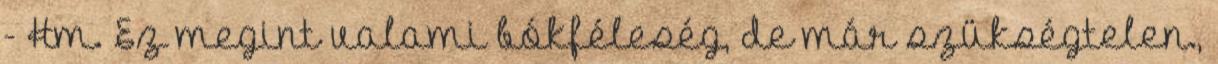
- Hm. Ez megint valami bókféleség, de már szükségtelen.,